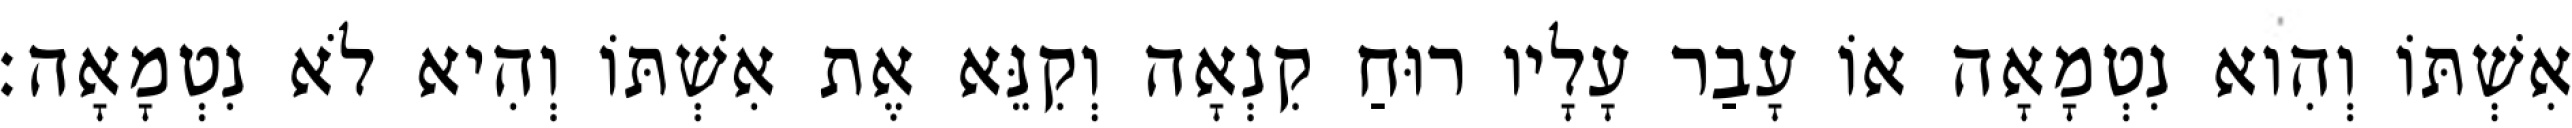
אִשְׁתּוֹ וְהִוא נִטְמָאָה אוֹ עָבַר עָלָיו רוּחַ קִנְאָה וְקִנֵּא אֶת אִשְׁתּוֹ וְהִיא לֹא נִטְמָאָה׃